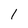
Character: 1